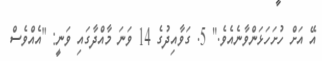
އޭ އަށް ހުށަހަޅަންވާނެއެވެ." 5. ގަވާއިދުގެ 14 ވަނަ މާއްދާގައި ވަނީ: "އެއްވެސް